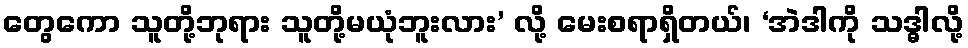
တွေကော သူတို့ဘုရား သူတို့မယုံဘူးလား’ လို့ မေးစရာရှိတယ်၊ ‘အဲဒါကို သဒ္ဓါလို့